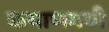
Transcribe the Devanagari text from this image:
कयाणमयी